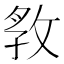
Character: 𭣲